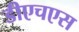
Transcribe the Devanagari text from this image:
डीएचएस